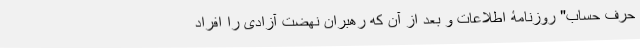
حرف حساب" روزنامۀ اطلاعات و بعد از آن که رهبران نهضت آزادی را افراد